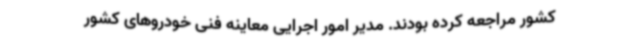
کشور مراجعه کرده بودند. مدیر امور اجرایی معاینه فنی خودروهای کشور